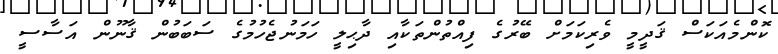
ކޮންމެއަކަސް ޤަދީމީ ވެރިކަމަށް ބޭރުގެ ފިއްތުންތަކާއި ދާޙިލީ ހަމަނުޖެހުމުގެ ސަބަބުން ޤާނޫން އަސާސީ